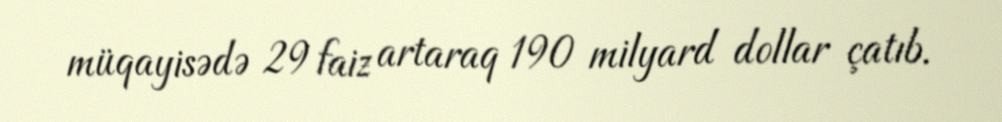
müqayisədə 29 faiz artaraq 190 milyard dollar çatıb.